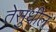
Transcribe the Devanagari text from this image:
तेसुधील